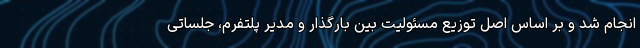
انجام شد و بر اساس اصل توزیع مسئولیت بین بارگذار و مدیر پلتفرم، جلساتی